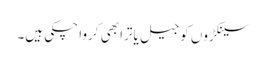
سینکڑوں کو جیل یاترا بھی کروا چکی ہیں۔